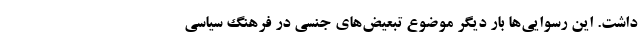
داشت. این رسوایی‌ها بار دیگر موضوع تبعیض‌های جنسی در فرهنگ سیاسی